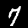
Digit: 7